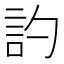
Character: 訋